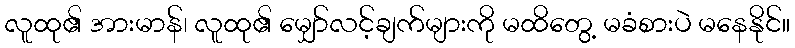
လူထု၏ အားမာန်၊ လူထု၏ မျှော်လင့်ချက်များကို မထိတွေ့ မခံစားပဲ မနေနိုင်။